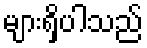
များရှိပါသည်